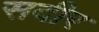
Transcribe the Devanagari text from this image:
सदीर